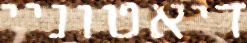
דיאטוניי